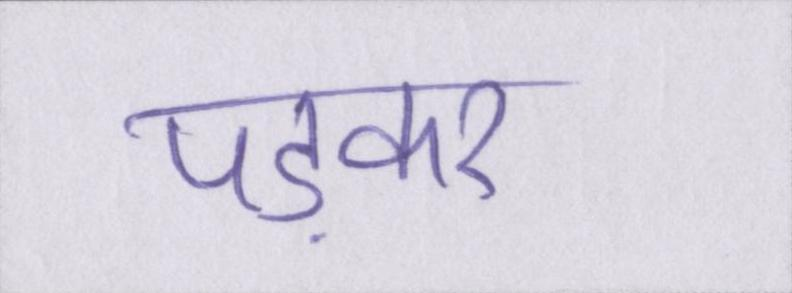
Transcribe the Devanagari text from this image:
पड़कर